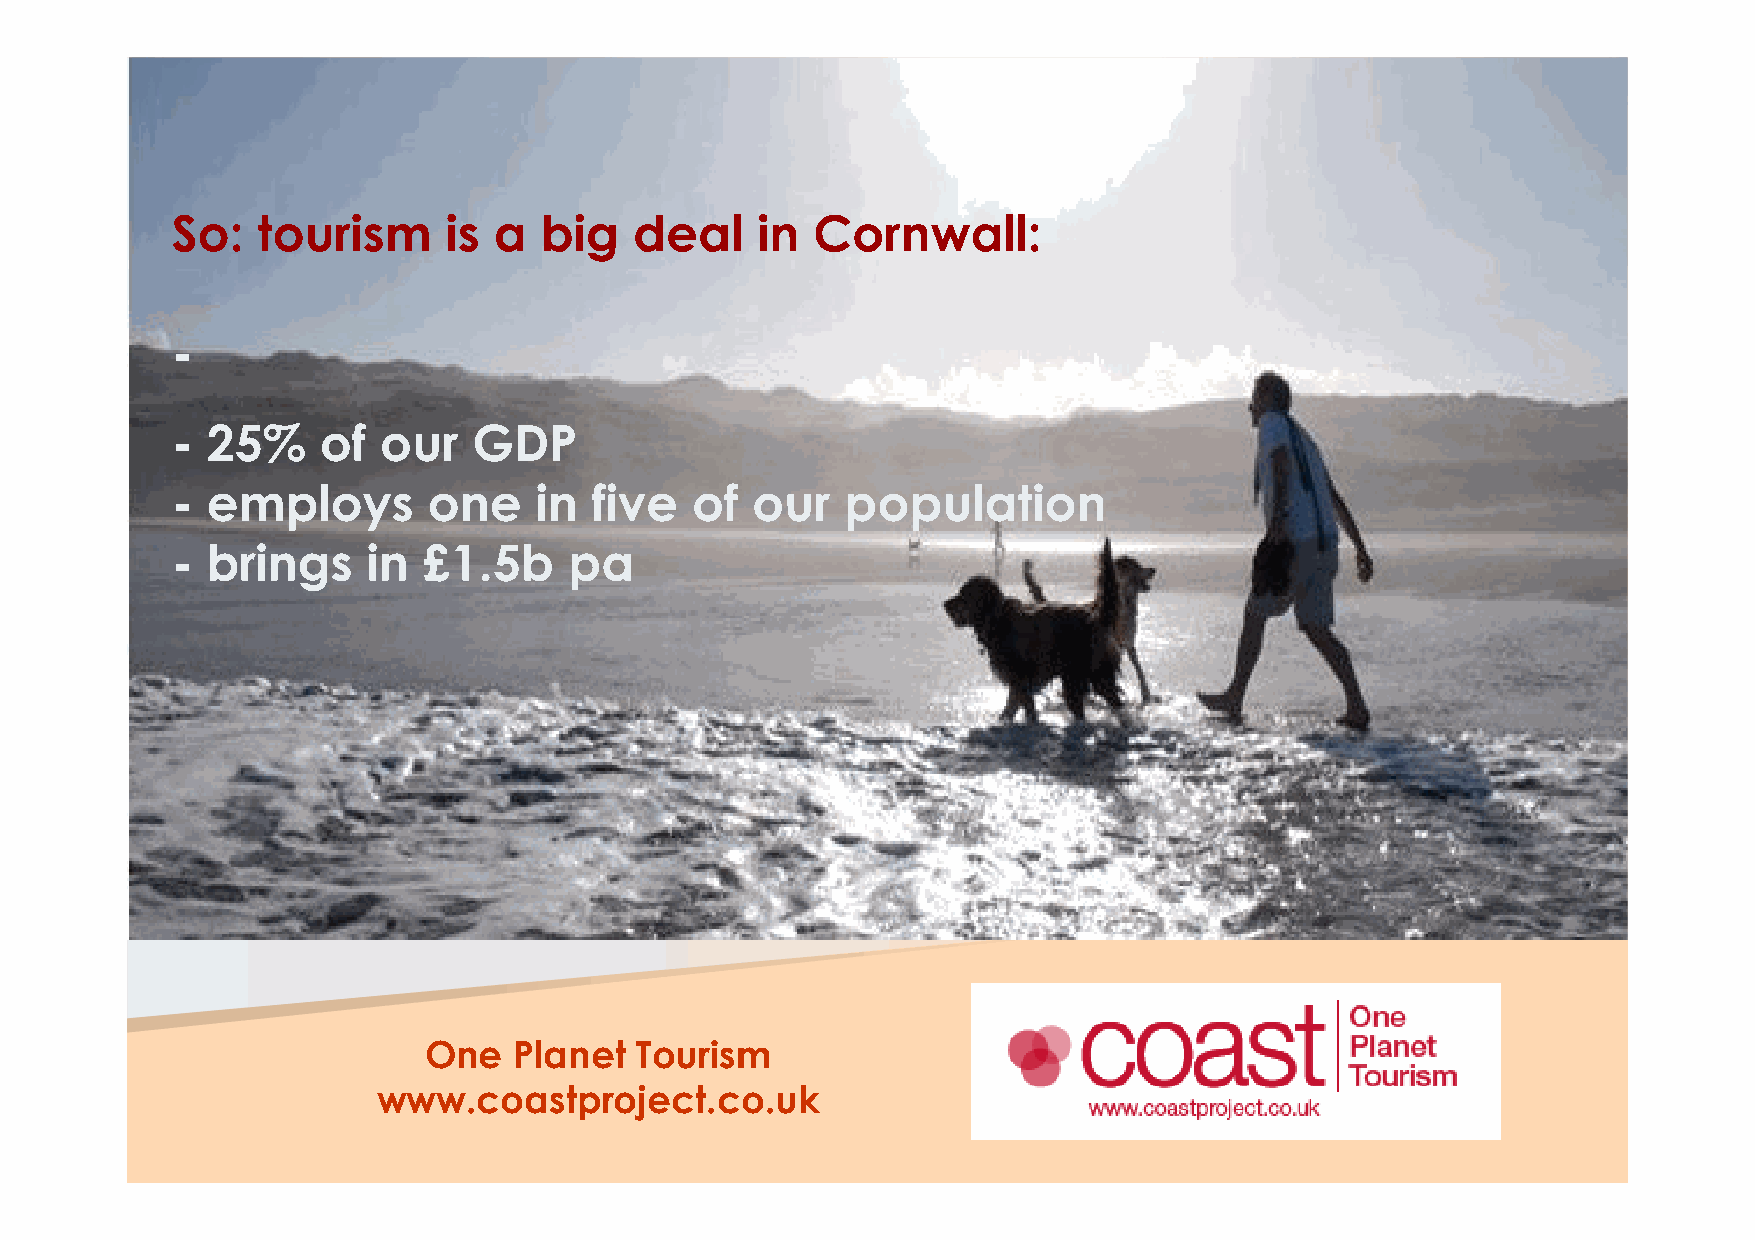
So:   tourism     is  a  big   deal    in  Cornwall:
 -
 -  25%    of  our   GDP
 -  employs       one    in  five   of  our   population
 -  brings    in  £1.5b     pa
 OOnnee PPllaanneett TToouurriissmm
 wwwwww..ccooaassttpprroojjeecctt..ccoo..uukk